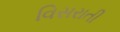
વિસરાતી